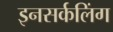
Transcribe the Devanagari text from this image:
इनसर्कलिंग